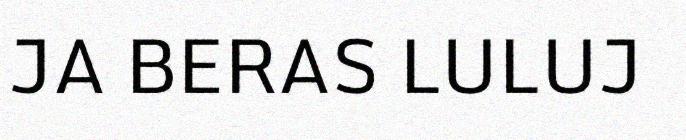
JA BERAS LULUJ